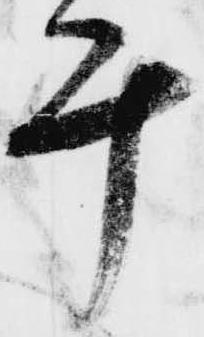
計